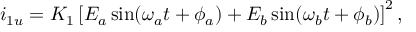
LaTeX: i _ { 1 u } = K _ { 1 } \left[ E _ { a } \sin ( \omega _ { a } t + \phi _ { a } ) + E _ { b } \sin ( \omega _ { b } t + \phi _ { b } ) \right] ^ { 2 } ,